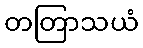
တတြာသယံ